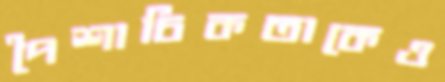
পৈশাচিকতাকেও